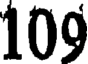
109